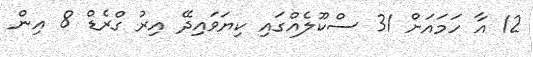
12 އާ ހަމައަށް 31 ސްކޫލެއްގައި ކިޔަވައިދޭ އިރު ގްރެޑް 8 އިން